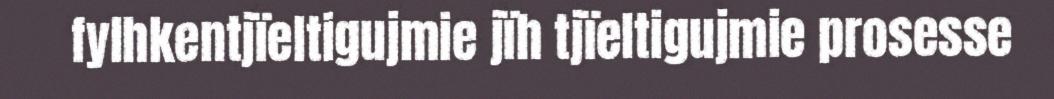
fylhkentjïeltigujmie jïh tjïeltigujmie prosesse